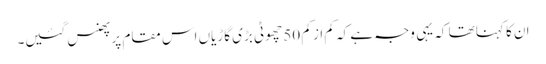
ان کا کہنا تھا کہ یہی وجہ ہے کہ کم از کم 50 چھوٹی بڑی گاڑیاں اس مقام پر پھنس گئیں۔